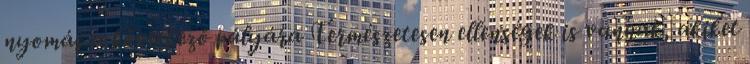
nyomás a következő pályára Természetesen ellenségek is vannak, akiket